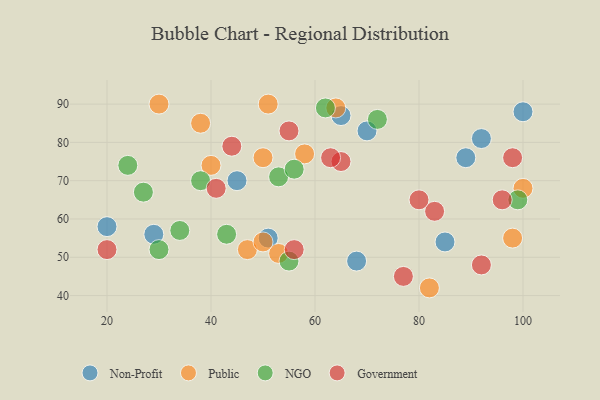
{"axis": {"x": "GDP", "y": "Life Expectancy"}, "legend": ["Government", "NGO", "Non-Profit", "Public"], "data": [{"x": "89", "y": 76, "type": "Non-Profit"}, {"x": "100", "y": 88, "type": "Non-Profit"}, {"x": "51", "y": 55, "type": "Non-Profit"}, {"x": "92", "y": 81, "type": "Non-Profit"}, {"x": "70", "y": 83, "type": "Non-Profit"}, {"x": "85", "y": 54, "type": "Non-Profit"}, {"x": "29", "y": 56, "type": "Non-Profit"}, {"x": "20", "y": 58, "type": "Non-Profit"}, {"x": "65", "y": 87, "type": "Non-Profit"}, {"x": "68", "y": 49, "type": "Non-Profit"}, {"x": "45", "y": 70, "type": "Non-Profit"}, {"x": "38", "y": 85, "type": "Public"}, {"x": "53", "y": 51, "type": "Public"}, {"x": "47", "y": 52, "type": "Public"}, {"x": "50", "y": 54, "type": "Public"}, {"x": "82", "y": 42, "type": "Public"}, {"x": "30", "y": 90, "type": "Public"}, {"x": "98", "y": 55, "type": "Public"}, {"x": "58", "y": 77, "type": "Public"}, {"x": "40", "y": 74, "type": "Public"}, {"x": "100", "y": 68, "type": "Public"}, {"x": "64", "y": 89, "type": "Public"}, {"x": "51", "y": 90, "type": "Public"}, {"x": "50", "y": 76, "type": "Public"}, {"x": "38", "y": 70, "type": "NGO"}, {"x": "27", "y": 67, "type": "NGO"}, {"x": "55", "y": 49, "type": "NGO"}, {"x": "30", "y": 52, "type": "NGO"}, {"x": "53", "y": 71, "type": "NGO"}, {"x": "24", "y": 74, "type": "NGO"}, {"x": "62", "y": 89, "type": "NGO"}, {"x": "99", "y": 65, "type": "NGO"}, {"x": "72", "y": 86, "type": "NGO"}, {"x": "43", "y": 56, "type": "NGO"}, {"x": "56", "y": 73, "type": "NGO"}, {"x": "34", "y": 57, "type": "NGO"}, {"x": "20", "y": 52, "type": "Government"}, {"x": "65", "y": 75, "type": "Government"}, {"x": "92", "y": 48, "type": "Government"}, {"x": "55", "y": 83, "type": "Government"}, {"x": "41", "y": 68, "type": "Government"}, {"x": "96", "y": 65, "type": "Government"}, {"x": "77", "y": 45, "type": "Government"}, {"x": "98", "y": 76, "type": "Government"}, {"x": "63", "y": 76, "type": "Government"}, {"x": "44", "y": 79, "type": "Government"}, {"x": "56", "y": 52, "type": "Government"}, {"x": "83", "y": 62, "type": "Government"}, {"x": "80", "y": 65, "type": "Government"}]}